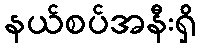
နယ်စပ်အနီးရှိ